Vaccination North-Western Provinces and Oudh 1878-1895 - 1878-1895
Year: 1878
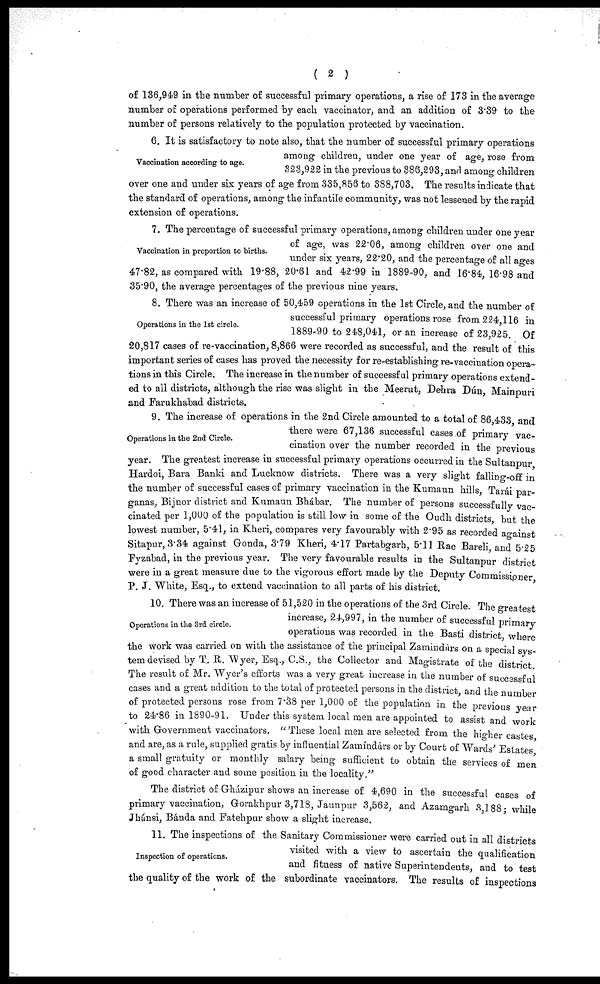
( 2 )
of 136,949 in the number of successful primary operations, a rise of 173 in the average
number of operations performed by each vaccinator, and an addition of 3.39 to the
number of persons relatively to the population protected by vaccination.
Vaccination according to age.
6. It is satisfactory to note also, that the number of successful primary operations
among children, under one year of age, rose from
323,922 in the previous to 386,293, and among children
over one and under six years of age from 335,856 to 388,703. The results indicate that
the standard of operations, among the infantile community, was not lessened by the rapid
extension of operations.
Vaccination in proportion to births.
7. The percentage of successful primary operations, among children under one year
of age, was 22.06, among children over one and
under six years, 22.20, and the percentage of all ages
47.82, as compared with 19.88, 20.61 and 42.99 in 1889-90, and 16.84, 16.98 and
35.90, the average percentages of the previous nine years.
Operations in the 1st circle.
8. There was an increase of 50,459 operations in the 1st Circle, and the number of
successful primary operations rose from 224,116 in
1889-90 to 248,041, or an increase of 23,925. Of
20,817 cases of re-vaccination, 8,866 were recorded as successful, and the result of this
important series of cases has proved the necessity for re-establishing re-vaccination opera-
tions in this Circle. The increase in the number of successful primary operations extend-
ed to all districts, although the rise was slight in the Meerut, Dehra Dún, Mainpuri
and Farukhabad districts.
Operations in the 2nd Circle.
9. The increase of operations in the 2nd Circle amounted to a total of 86,433 and
there were 67,136 successful cases of primary vac-
cination over the number recorded in the previous
year. The greatest increase in successful primary operations occurred in the Sultanpur,
Hardoi, Bara Banki and Lucknow districts. There was a very slight falling-off in
the number of successful cases of primary vaccination in the Kumaun hills, Tarái par¬
ganas, Bijnor district and Kumaun Bhábar. The number of persons successfully vac-
cinated per 1,000 of the population is still low in some of the Oudh districts, but the
lowest number, 5.41, in Kheri, compares very favourably with 2.95 as recorded against
Sitapur, 3.34 against Gonda, 3.79 Kheri, 4.17 Partabgarh, 5.11 Rae Bareli, and 5.25
Fyzabad, in the previous year. The very favourable results in the Sultanpur district
were in a great measure due to the vigorous effort made by the Deputy Commissioner,
P. J. White, Esq., to extend vaccination to all parts of his district.
Operations in the 3rd circle.
10. There was an increase of 51,520 in the operations of the 3rd Circle. The greatest
increase, 24,997, in the number of successful primary
operations was recorded in the Basti district, where
the work was carried on with the assistance of the principal Zamindárs on a special sys¬
tem devised by T. R. Wyer, Esq., C.S., the Collector and Magistrate of the district.
The result of Mr. Wyer's efforts was a very great increase in the number of successful
cases and a great addition to the total of protected persons in the district, and the number
of protected persons rose from 7.38 per 1,000 of the population in the previous year
to 24.86 in 1890-91. Under this system local men are appointed to assist and work
with Government vaccinators. "These local men are selected from the higher castes,
and are, as a rule, supplied gratis by influential Zamíndárs or by Court of Wards' Estates,
a small gratuity or monthly salary being sufficient to obtain the services of men
of good character and some position in the locality."
The district of Gházipur shows an increase of 4,690 in the successful cases of
primary vaccination, Gorakhpur 3,718, Jaunpur 3,562, and Azamgarh 3,188; while
Jhánsi, Bánda and Fatehpur show a slight increase.
Inspection of operations.
11. The inspections of the Sanitary Commissioner were carried out in all districts
visited with a view to ascertain the qualification
and fitness of native Superintendents, and to test
the quality of the work of the subordinate vaccinators. The results of inspections